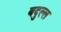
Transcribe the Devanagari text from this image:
बदुल्ल